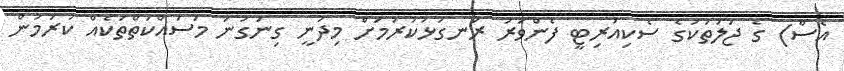
އެސް) ގެ ޖަލުތަކުގެ ސެކިއުރިޓީ ފެންވަރު ރަނގަޅުކުރުމަށް މިދަނީ ގިނަގުނަ މަސައްކަތްތަކެއް ކުރަމުން